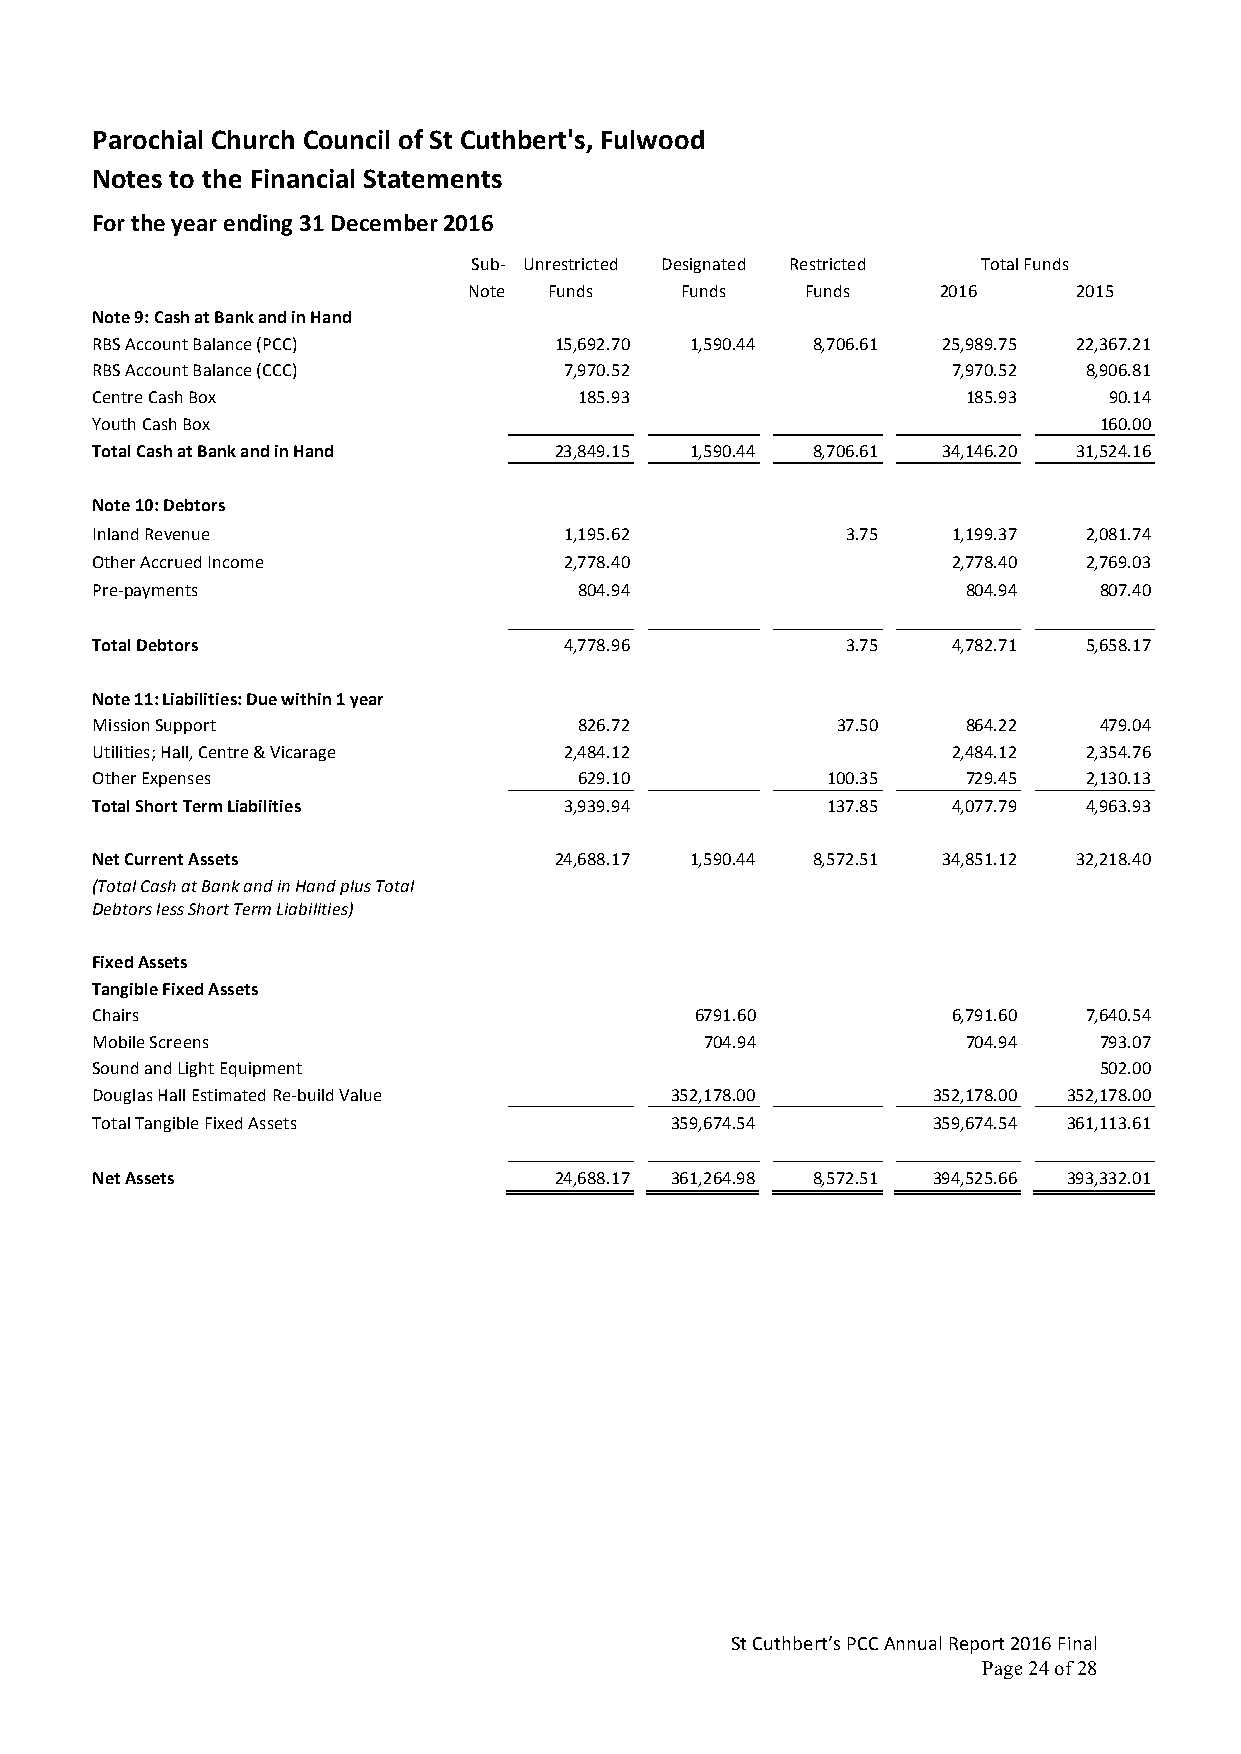
Parochial Church Council of St Cuthbert's, Fulwood
 Notes to the Financial Statements
 For the year ending 31 December 2016
 Sub- Unrestricted Designated Restricted Total Funds
 Note Funds    Funds   Funds    2016     2015
 Note 9: Cash at Bank and in Hand
 RBS Account Balance (PCC)      15,692.70 1,590.44 8,706.61 25,989.75 22,367.21
 RBS Account Balance (CCC)      7,970.52                  7,970.52 8,906.81
 Centre Cash Box                 185.93                    185.93   90.14
 Youth Cash Box                                                     160.00
 Total Cash at Bank and in Hand 23,849.15 1,590.44 8,706.61 34,146.20 31,524.16
 Note 10: Debtors
 Inland Revenue                 1,195.62           3.75   1,199.37 2,081.74
 Other Accrued Income           2,778.40                  2,778.40 2,769.03
 Pre-payments                    804.94                    804.94   807.40
 Total Debtors                  4,778.96           3.75   4,782.71 5,658.17
 Note 11: Liabilities: Due within 1 year
 Mission Support                 826.72           37.50    864.22   479.04
 Utilities; Hall, Centre & Vicarage 2,484.12              2,484.12 2,354.76
 Other Expenses                  629.10           100.35   729.45  2,130.13
 Total Short Term Liabilities   3,939.94          137.85  4,077.79 4,963.93
 Net Current Assets             24,688.17 1,590.44 8,572.51 34,851.12 32,218.40
 (Total Cash at Bank and in Hand plus Total
 Debtors less Short Term Liabilities)
 Fixed Assets
 Tangible Fixed Assets
 Chairs                                  6791.60          6,791.60 7,640.54
 Mobile Screens                           704.94           704.94   793.07
 Sound and Light Equipment                                          502.00
 Douglas Hall Estimated Re-build Value 352,178.00        352,178.00 352,178.00
 Total Tangible Fixed Assets           359,674.54        359,674.54 361,113.61
 Net Assets                     24,688.17 361,264.98 8,572.51 394,525.66 393,332.01
 St Cuthbert’s PCC Annual Report 2016 Final
 Page 24 of 28